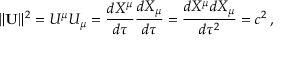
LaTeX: \| \mathbf { U } \| ^ { 2 } = U ^ { \mu } U _ { \mu } = { \frac { d X ^ { \mu } } { d \tau } } { \frac { d X _ { \mu } } { d \tau } } = { \frac { d X ^ { \mu } d X _ { \mu } } { d \tau ^ { 2 } } } = c ^ { 2 } \, ,